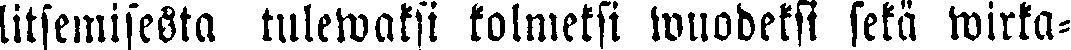
litsemisesta tulewaksi kolmeksi wuodeksi sekä wirka-